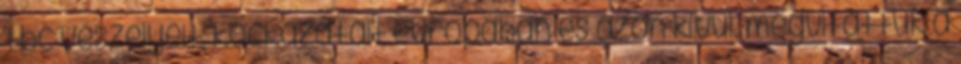
tbc veszélyeit, kockázatait európában és azon kívül. megvitattuk a